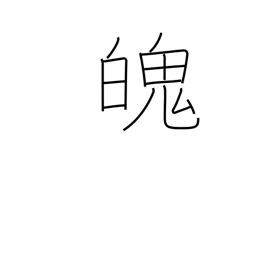
Meaning: soul